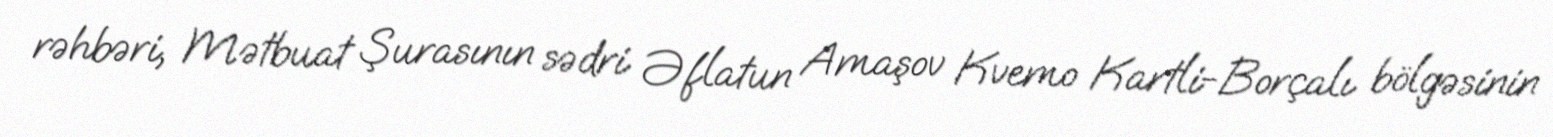
rəhbəri, Mətbuat Şurasının sədri Əflatun Amaşov Kvemo Kartli-Borçalı bölgəsinin